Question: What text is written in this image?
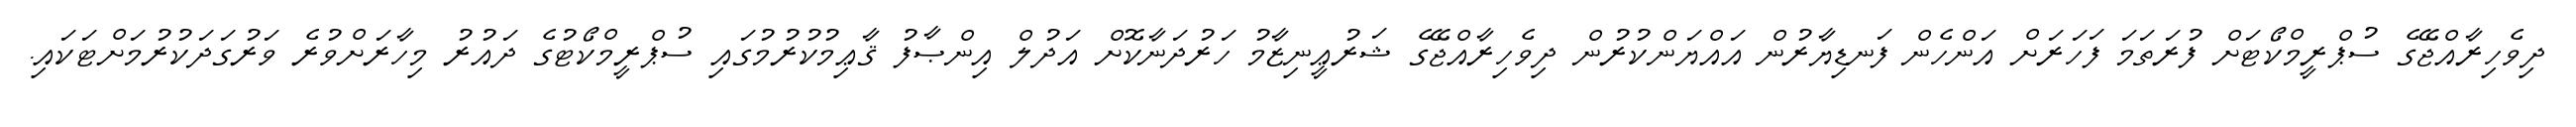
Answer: ދިވެހިރާއްޖޭގެ ސުޕްރީމްކޯޓަށް ފުރަތަމަ ފަހަރަށް އަންހެން ފަނޑިޔާރުން އައްޔަންކުރުން ދިވެހިރާއްޖޭގެ ޝަރުޢީނިޒާމު ހަރުދަނާކޮށް އަދުލް އިންޞާފު ޤާޢިމުކުރުމުގައި ސުޕްރީމްކޯޓުގެ ދައުރު މިހާރަށްވުރެ ވަރުގަދަކުރުމަށްޓަކައި.